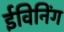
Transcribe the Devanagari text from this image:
ईविनिंग